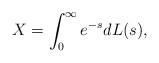
LaTeX: \begin{align*} X= \int_0^{\infty }e^{-s} dL(s),\end{align*}